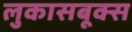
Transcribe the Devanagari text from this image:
लुकासबूक्स